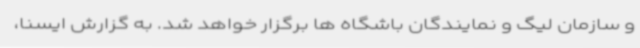
و سازمان لیگ و نمایندگان باشگاه ها برگزار خواهد شد. به گزارش ایسنا،